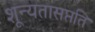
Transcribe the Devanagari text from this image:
शून्यतासप्तति